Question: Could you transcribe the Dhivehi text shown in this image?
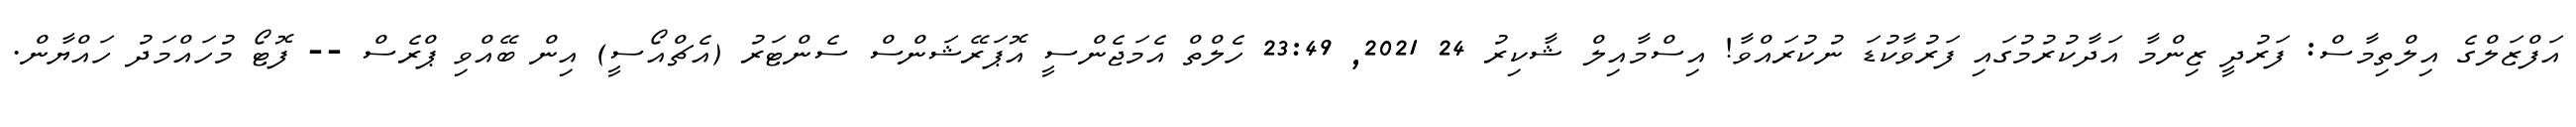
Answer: އަފްޒަލްގެ އިލްތިމާސް: ފަރުދީ ޒިންމާ އަދާކުރުމުގައި ފަރުވާކުޑަ ނުކުރައްވާ! އިސްމާއިލް ޝާކިރު 24 2021, 23:49 ހެލްތް އެމަޖެންސީ އޮޕަރޭޝަންސް ސެންޓަރު (އެޗްއޯސީ) އިން ބޭއްވި ޕްރެސް -- ފޮޓޯ މުހައްމަދު ހައްޔާން.